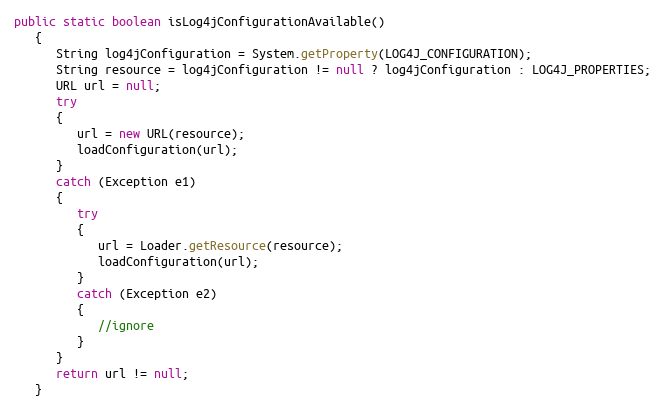
Language: Java
public static boolean isLog4jConfigurationAvailable()
   {
      String log4jConfiguration = System.getProperty(LOG4J_CONFIGURATION);
      String resource = log4jConfiguration != null ? log4jConfiguration : LOG4J_PROPERTIES;
      URL url = null;
      try
      {
         url = new URL(resource);
         loadConfiguration(url);
      }
      catch (Exception e1)
      {
         try
         {
            url = Loader.getResource(resource);
            loadConfiguration(url);
         }
         catch (Exception e2)
         {
            //ignore
         }
      }
      return url != null;
   }